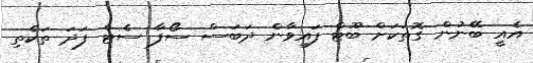
އެއީ ބޭނުން ގޮތަކަށް ބޫޓް ފައިވާން ދަބަސް ސޯފާ ސެޓް ފަދަ ތަކެތި